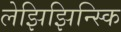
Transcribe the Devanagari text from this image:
लेझिझिन्स्कि